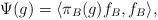
LaTeX: \begin{align*} \Psi(g) = \langle \pi_B(g) f_B, f_B \rangle, \end{align*}